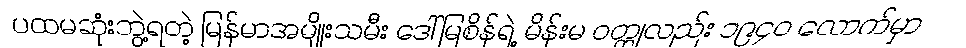
ပထမဆုံးဘွဲ့ရတဲ့ မြန်မာအမျိုးသမီး ဒေါ်မြစိန်ရဲ့ မိန်းမ ဝတ္ထုလည်း ၁၉၄၀ လောက်မှာ